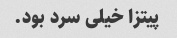
پیتزا خیلی سرد بود.